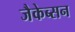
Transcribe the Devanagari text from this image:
जैकेब्सन